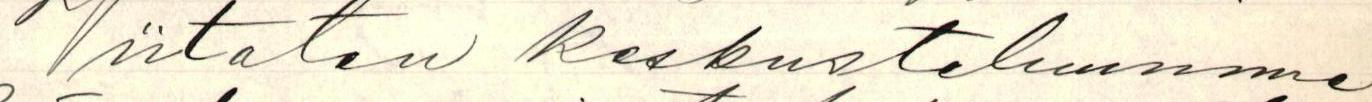
Viitaten keskusteluumme